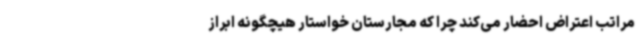
مراتب اعتراض احضار می‌کند چرا که مجارستان خواستار هیچگونه‌ ابراز